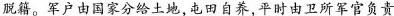
脱籍。军户由国家分给土地，屯田自养，平时由卫所军官负责